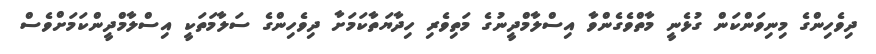
ދިވެހިންގެ މިނިވަންކަން ގުޅެނީ މާތްވެގެންވާ އިސްލާމްދީނުގެ މަތިވެރި ހިދާޔަތާކަމަށާ ދިވެހިންގެ ސަލާމަތަކީ އިސްލާމްދީންކަމަށްވެސް